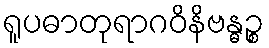
ရူပဓာတုရာဂဝိနိဗန္ဓဉ္စ